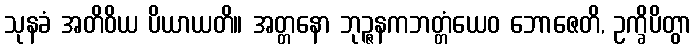
သုနခံ အတိဝိယ ပိယာယတိ။ အတ္တနော ဘုဉ္ဇနကဘတ္တံယေဝ ဘောဇေတိ, ဥက္ခိပိတွာ